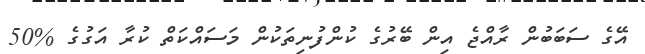
އޭގެ ސަބަބުން ރާއްޖެ އިން ބޭރުގެ ކުންފުނިތަކުން މަސައްކަތް ކުރާ އަގުގެ %50